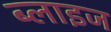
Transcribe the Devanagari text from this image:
ब्लाइज